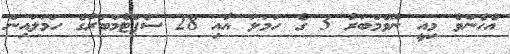
އެހެންވެ މިއީ ނޮވެމްބަރު 3 ގެ ހަމަލަ އާއި 28 ސެޕްޓެމްބަރުގެ ހަމަލައިން